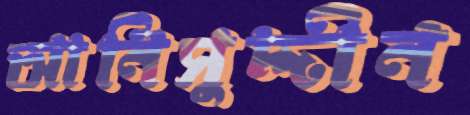
আনিসুদ্দীন